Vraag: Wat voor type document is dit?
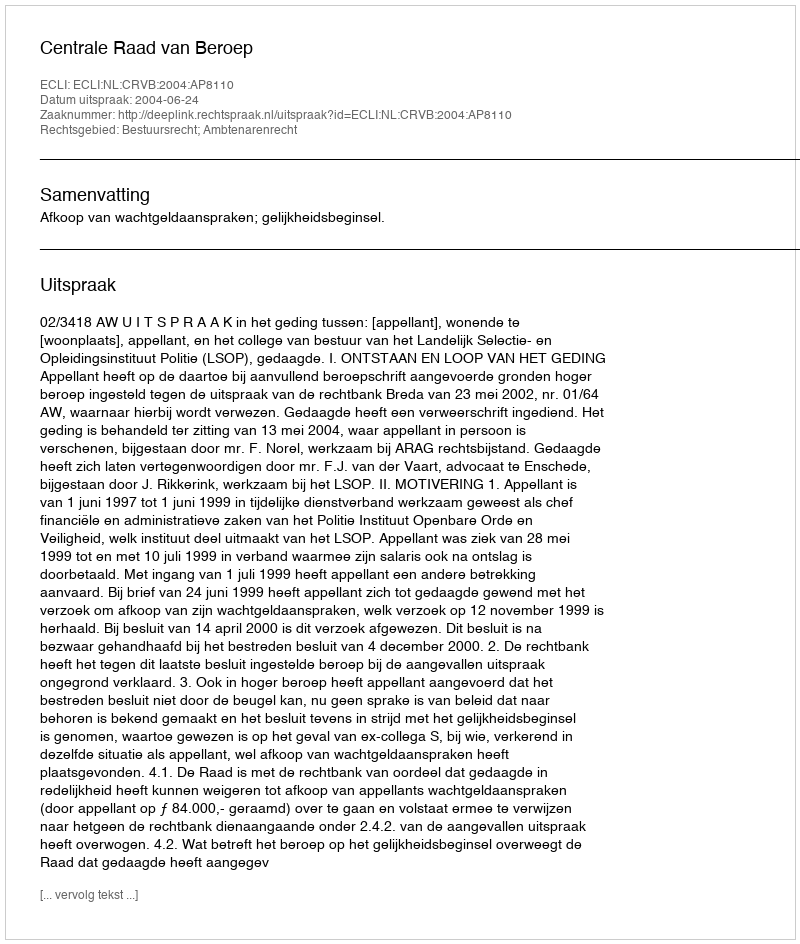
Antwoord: Uitspraak